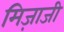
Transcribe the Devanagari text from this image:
मिज़ाजी